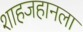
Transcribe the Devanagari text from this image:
शाहजहानला